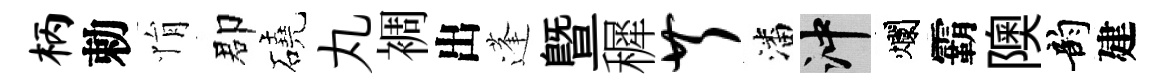
柄勅悁郡磽丸裯出蓬暨穉芹潘冲爛霸隩韵建